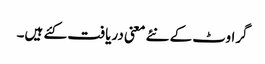
گراوٹ کے نئے معنی دریافت کئے ہیں۔